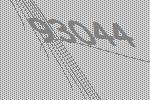
93044